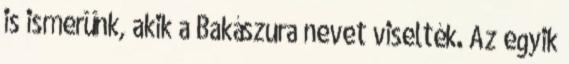
is ismerünk, akik a Bakászura nevet viselték. Az egyik